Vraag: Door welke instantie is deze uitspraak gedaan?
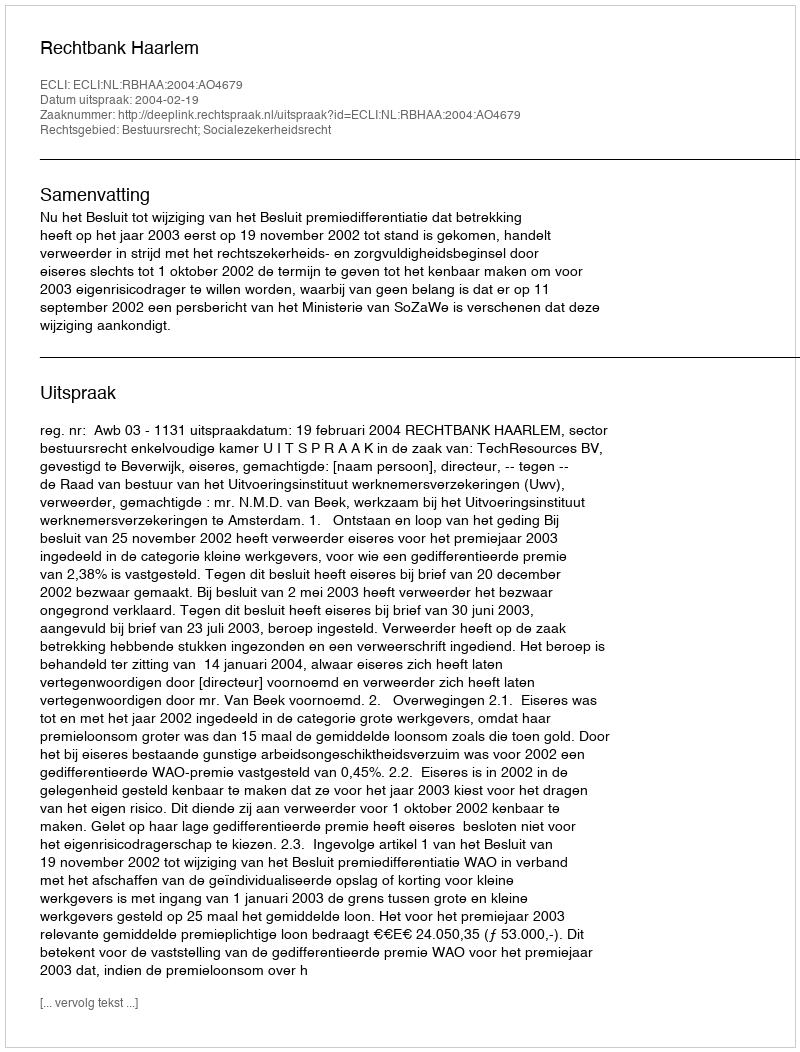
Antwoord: Rechtbank Haarlem